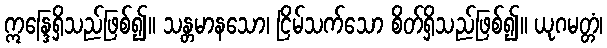
ဣန္ဒြေရှိသည်ဖြစ်၍။ သန္တမာနသော၊ ငြိမ်သက်သော စိတ်ရှိသည်ဖြစ်၍။ ယုဂမတ္တံ၊